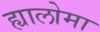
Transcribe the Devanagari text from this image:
ह्यालोमा